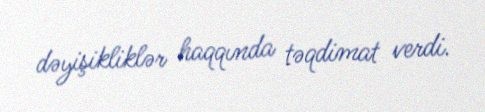
dəyişikliklər haqqında təqdimat verdi.